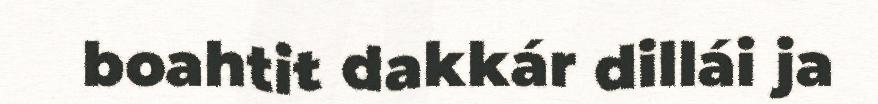
boahtit dakkár dillái ja